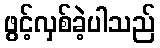
ဖွင့်လှစ်ခဲ့ပါသည်